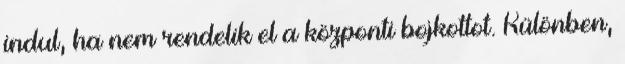
indul, ha nem rendelik el a központi bojkottot. Különben,